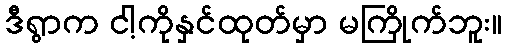
ဒီရွာက ငါ့ကိုနှင်ထုတ်မှာ မကြိုက်ဘူး။